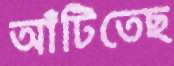
আঁটিতেছ